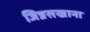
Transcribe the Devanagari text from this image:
जिन्नसखाना